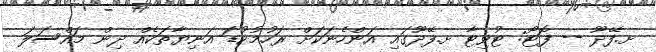
ށ.ފޭދޫ -- ފޮޓޯ: ޓުވިޓާ ށ.ފޭދޫގައި އަންހެނަކަށް ރަހުމުކުޑަ އަނިޔާތަކެއް ދިން މައްސަލަ